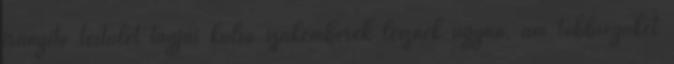
irányító testület tagjai külső szakemberek lesznek ugyan, ám többségüket